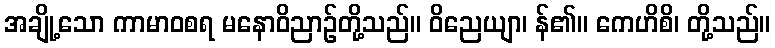
အချို့သော ကာမာဝစရ မနောဝိညာဉ်တို့သည်။ ဝိညေယျာ၊ န်၏။ ကေဟိစိ၊ တို့သည်။